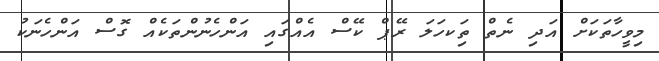
މިވީހާތަކަށް އަދި ނެތް ތިަކހަލަ ރޭޕް ކޭސް އެއްގައި އަންހެނުންތަކެއް ގޮސް އަންހެނަކު